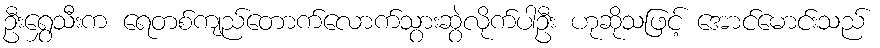
ဦးရွှေသီးက ရေတစ်ကျည်တောက်လောက်သွားဆွဲလိုက်ပါဦး ဟုဆိုသဖြင့် အောင်မောင်းသည်